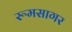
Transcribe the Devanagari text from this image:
रूमसागर